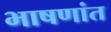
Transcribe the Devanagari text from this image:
भाषणांत